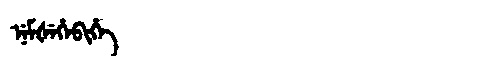
Manchu: ᠨᡝᠮᡧᡝᡥᡝᠪᡳᡥᡝ
Romanization: NEMŠEHEBIHE